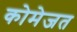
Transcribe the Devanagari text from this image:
कोमेजत